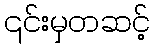
၎င်းမှတဆင့်